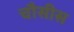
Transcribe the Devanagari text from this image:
चौसीस